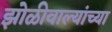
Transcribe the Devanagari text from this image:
झोळीवाल्यांच्या